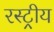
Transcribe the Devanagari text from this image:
रस्ट्रीय